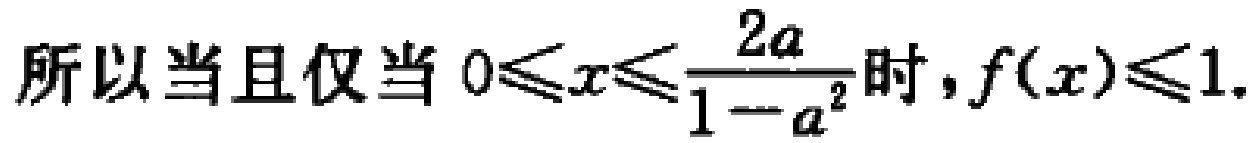
所以当且仅当 \(0\leqslant x\leqslant\frac{2a}{1 - a^{2}}\) 时，\(f(x)\leqslant1\).